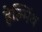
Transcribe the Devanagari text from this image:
हेल्मिंथ